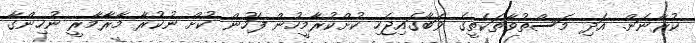
ކުރާނަން. އަދި މަސްތުވާތަކެތީގެ ވަބާގައިޖެހި ކުށްކުރާމީހުން ފަހުން ކުށް ނުކުރާ މާރާމާރީ ނުހިންގާ